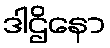
ဒါဌိနော